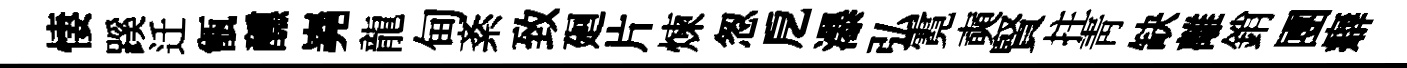
悽蹊迁甑醺嶤龍甸紊致廻片煉怱戹瀑弘霓奭賢拄靑缺離銷圑癖